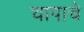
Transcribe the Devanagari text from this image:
चापाचे